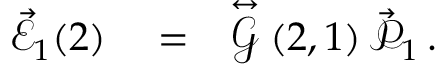
\begin{array} { r l r } { \vec { \mathcal { E } } _ { 1 } ( 2 ) } & { { } = } & { \stackrel { \leftrightarrow } { \mathcal { G } } \left( 2 , 1 \right) \vec { \mathcal { P } } _ { 1 } \, . } \end{array}